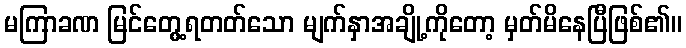
မကြာခဏ မြင်တွေ့ရတတ်သော မျက်နှာအချို့ကိုတော့ မှတ်မိနေပြီဖြစ်၏။